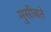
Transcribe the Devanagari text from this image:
मुसीबते